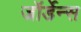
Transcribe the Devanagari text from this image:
जॉर्डेन्स